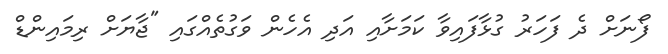
ފޯނަށް ދެ ފަހަރު ގުޅާފައިވާ ކަމަށާއި އަދި އެހެން ވަގުތެއްގައި "ޖާޔަށް ރިމައިންޑް